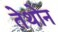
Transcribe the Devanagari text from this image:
तेथोन